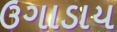
ઉગાડાય